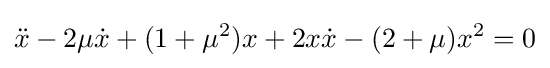
{\ddot {x}}-2\mu {\dot {x}}+(1+\mu ^{2})x+2x{\dot {x}}-(2+\mu )x^{2}=0